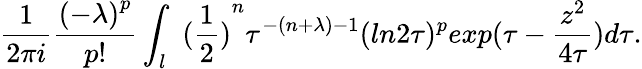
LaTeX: \frac{1}{2\pi i}\frac{{(-\lambda)}^{p}}{p!}\int_{l}{\ (\frac{1}{2})}^{n}\tau^{-(n+\lambda)-1}(ln2\tau)^{p}exp(\tau-\frac{z^{2}}{4\tau})d\tau.